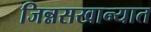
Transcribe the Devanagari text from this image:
जिन्नसखान्यात